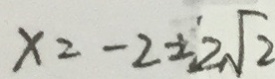
x = - 2 \pm ^ { \prime } 2 \sqrt { 2 }